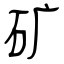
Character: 矿